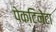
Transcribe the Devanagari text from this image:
पेक्टिनेटा